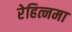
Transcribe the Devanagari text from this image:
रेहित्नमा